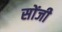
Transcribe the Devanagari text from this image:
सोंजी